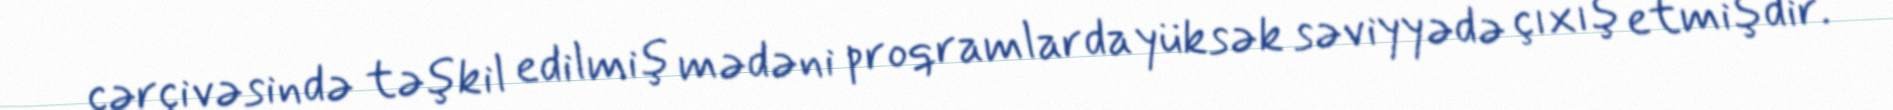
çərçivəsində təşkil edilmiş mədəni proqramlarda yüksək səviyyədə çıxış etmişdir.